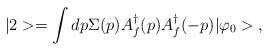
LaTeX: \begin{align*}|2>= \int dp\Sigma(p)A^{\dagger}_f(p)A^{\dagger}_f (-p)|\varphi_0> \;,\end{align*}